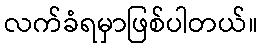
လက်ခံရမှာဖြစ်ပါတယ်။